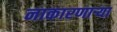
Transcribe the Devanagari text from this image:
नाकारणाऱ्या